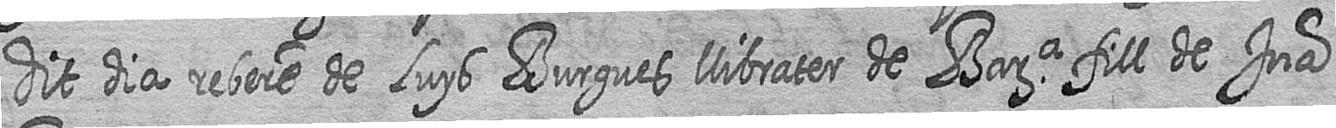
dit dia rebere de Luys Burgues llibrater de Bara fill de Jua